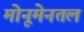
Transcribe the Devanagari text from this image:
मोनूमेनतल